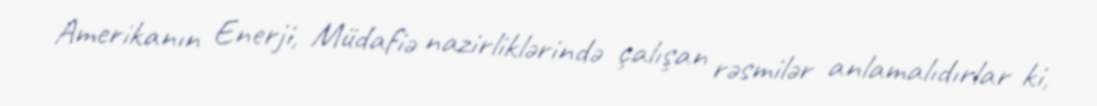
Amerikanın Enerji, Müdafiə nazirliklərində çalışan rəsmilər anlamalıdırlar ki,